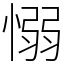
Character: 愵